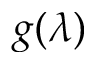
g ( \lambda )